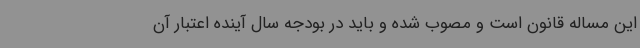
این مساله قانون است و مصوب شده و باید در بودجه سال آینده اعتبار آن